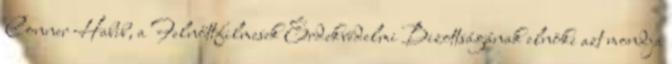
Conner Habib, a Felnőttfilmesek Érdekvédelmi Bizottságának elnöke azt mondja